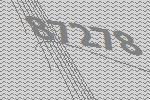
87278